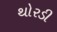
થોરડી